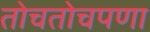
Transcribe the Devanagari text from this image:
तोचतोचपणा